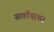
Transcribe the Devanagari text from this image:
सवॉयाचा